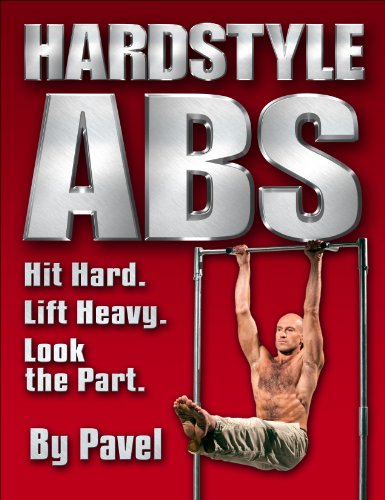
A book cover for Hardstyle ABS: Hit Hard. Lift Heavy. Look the Part.; Pavel Tsatsouline; Health, Fitness & Dieting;